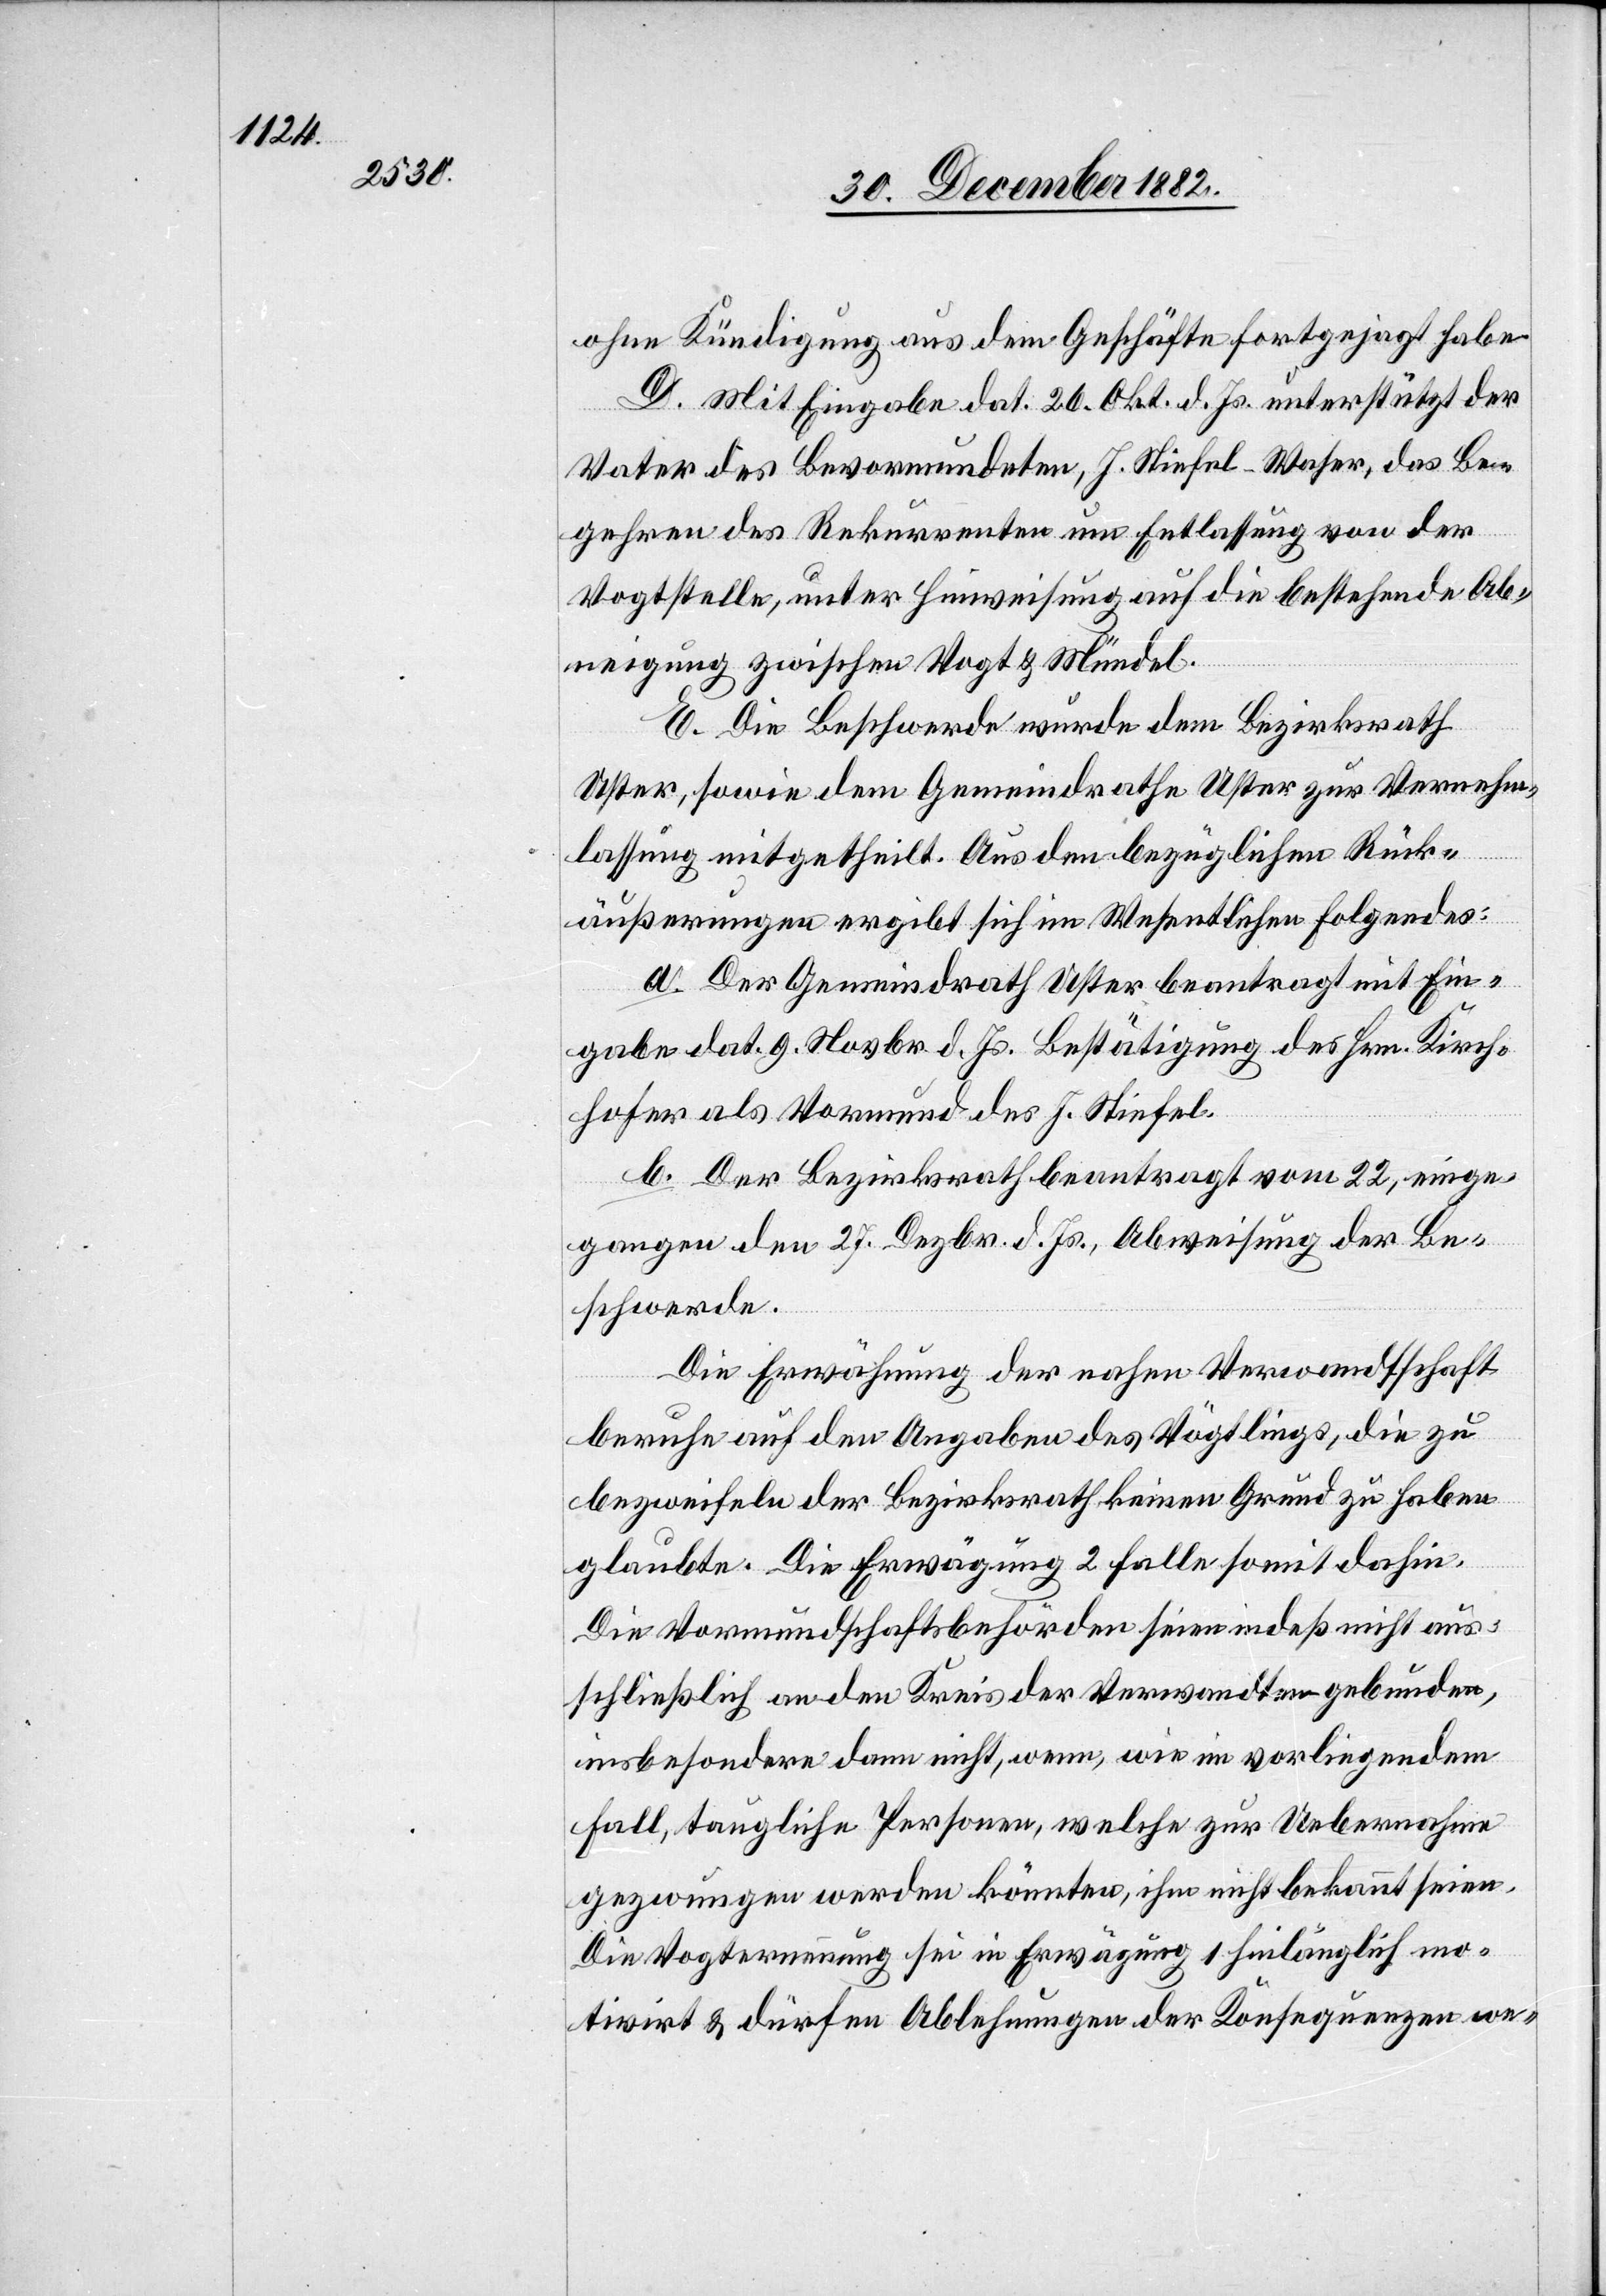
ohne Kündigung aus dem Geschäfte fortgejagt habe.
D. Mit Eingabe dat. 20. Okt. d. Js. unterstützt der
Vater des Bevormundeten, J. Stiefel-Waser, das Be¬
gehren des Rekurrenten um Entlassung von der
Vogtstelle, unter Hinweisung auf die bestehende Ab¬
neigung zwischen Vogt & Mündel.
E. Die Beschwerde wurde dem Bezirksrath
Uster, sowie dem Gemeindrathe Uster zur Vernehm¬
einge¬
lassung mitgetheilt. Aus den bezüglichen Rück¬
äußerungen ergibt sich im Wesentlichen Folgendes:
a. Der Gemeindrath Uster beantragt mit Ein¬
gabe dat. 9. Novbr. d. Js. Bestätigung des Hrn. Kirch¬
hofer als Vormund des J. Stiefel.
b. Der Bezirksrath beantragt [mit Schreibe¬
gangen den 27. Dezbr. d. Js., Abweisung der Be¬
schwerde.
Die Erwähnung der nahen Verwandtschaft
beruhe auf den Angaben des Vögtlings, die zu
bezweifeln der Bezirksrath keinen Grund zu haben
glaubte. Die Erwägung 2 falle somit dahin.
Die Vormundschaftsbehörden seien indeß nicht aus¬
schließlich an den Kreis der Verwandten gebunden,
insbesondere dann nicht, wenn, wie im vorliegenden
Fall, taugliche Personen, welche zu Uebernahme
gezwungen werden könnten, ihm nicht bekannt seien.
Die Vogternennung sei in Erwägung 1 hinlänglich mo¬
tivirt & dürfen Ablehnungen der Konsequenzen we-